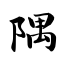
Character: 隅